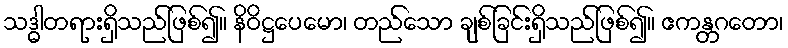
သဒ္ဓါတရားရှိသည်ဖြစ်၍။ နိဝိဋ္ဌပေမော၊ တည်သော ချစ်ခြင်းရှိသည်ဖြစ်၍။ ဧကန္တဂတော၊